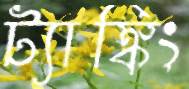
ট্যাঙ্কিং